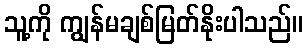
သူ့ကို ကျွန်မချစ်မြတ်နိုးပါသည်။